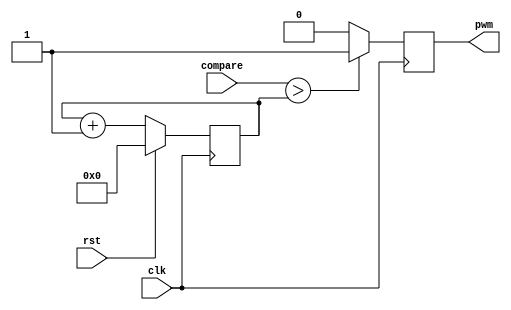
module pwm #(parameter CTR_LEN = 8) (
    input clk,
    input rst,
    input [CTR_LEN - 1 : 0] compare,
    output pwm
  );
 
  reg pwm_d, pwm_q;
  reg [CTR_LEN - 1: 0] ctr_d, ctr_q;
 
  assign pwm = pwm_q;
 
  always @(*) begin
    ctr_d = ctr_q + 1'b1;
 
    if (compare > ctr_q)
      pwm_d = 1'b1;
    else
      pwm_d = 1'b0;
  end
 
  always @(posedge clk) begin
    if (rst) begin
      ctr_q <= 1'b0;
    end else begin
      ctr_q <= ctr_d;
    end
 
    pwm_q <= pwm_d;
  end
 
endmodule